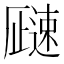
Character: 𬩓